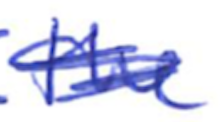
Text: the
Cross-out: scratch
Writing tool: ballpoint